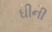
ઘીની